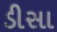
ડીસા